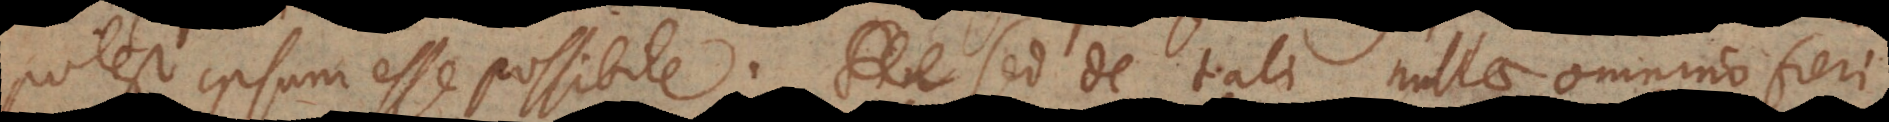
potest ipsum esse possibile. Sed de tali nullae omnino fieri